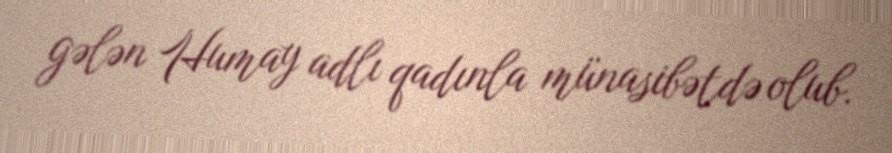
gələn Humay adlı qadınla münasibətdə olub.